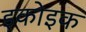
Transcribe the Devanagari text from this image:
इकोइक